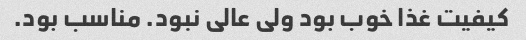
کیفیت غذا خوب بود ولی عالی نبود. مناسب بود.